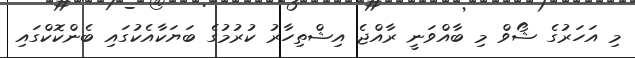
މި އަހަރުގެ ޝޯވް މި ބާއްވަނީ ރާއްޖެ އިޝްތިހާރު ކުރުމުގެ ބަޔަކާއެކުގައި ބެންކޮކްގައި